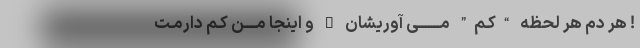
! هر دم هر لحظه “کـم” مـــــــی آوریشان … و اینجا مــــن کـم دارمـت